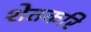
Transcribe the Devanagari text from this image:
शेतकरि